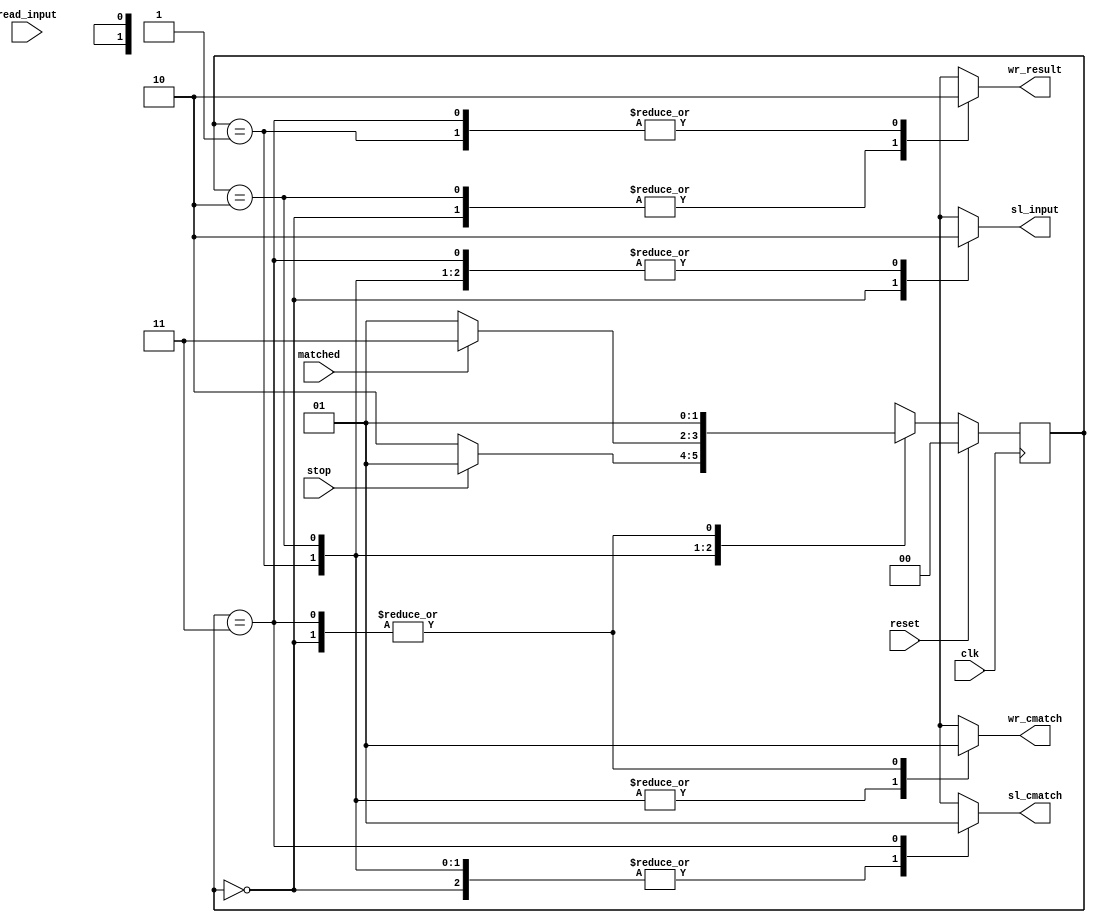
module control(
	output reg wr_result,
	output reg wr_cmatch,
	output reg sl_cmatch,
	output reg sl_input,
	input read_input, // my added signal
	input matched, // my added signal
	input stop,
	input clk,
	input reset);
	
reg [1:0] current_state, next_state;

localparam	IDLE 		= 2'b00,
				DECIDE	= 2'b01,
				ADD 		= 2'b10,
				INC		= 2'b11;
	
//state register
always @ (posedge clk) begin
	if(reset)
		current_state <= IDLE;
	else 
		current_state <= next_state;
end
	
//next state logic
always @ (*) begin
	case (current_state)
		IDLE: begin
			next_state = DECIDE;
		end
			
		DECIDE: begin
			if(stop)
				next_state = DECIDE;
			else
				next_state = ADD;
		end
		
		ADD: begin
			if(matched)
				next_state = INC;
			else
				next_state = DECIDE;
		end
		
		INC: begin
			next_state = DECIDE;
		end
	endcase
end

//Outputs
always @ (*) begin
	wr_result 			= 1'b0;
	wr_cmatch	 		= 1'b0;
	sl_cmatch    		= 1'b0;
	sl_input				= 1'b0;
	// matched			= 1'b0;
	
	case (current_state)
		IDLE: begin
			wr_result 			= 1'b1;
			wr_cmatch	 		= 1'b1;
			sl_cmatch			= 1'b0;
			sl_input 			= 1'b1;
		end
			
		DECIDE: begin
			// no change inside
		end
		
		ADD: begin
			wr_result 		= 1'b1;
			sl_input 		= 1'b0;
		end
		
		INC: begin
			sl_input 		= 1'b0;
			sl_cmatch		= 1'b1;
			wr_cmatch 		= 1'b1;
		end
	endcase
end
	
endmodule